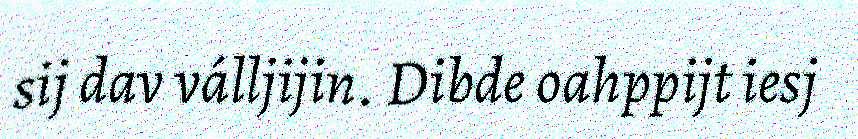
sij dav válljijin. Dibde oahppijt iesj